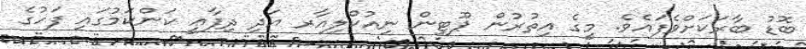
ބޮޑު ބާރަކަށްވެފައެވެ. މީގެ އިތުރުން ޕޫޓިން ނިއުކްލިއާރ އަދި ދިފާޢީ ކަންކަމުގައި ފަހުގެ